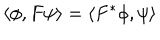
\left\langle \phi , F \psi \right\rangle = \left\langle F ^ { * } \phi , \psi \right\rangle